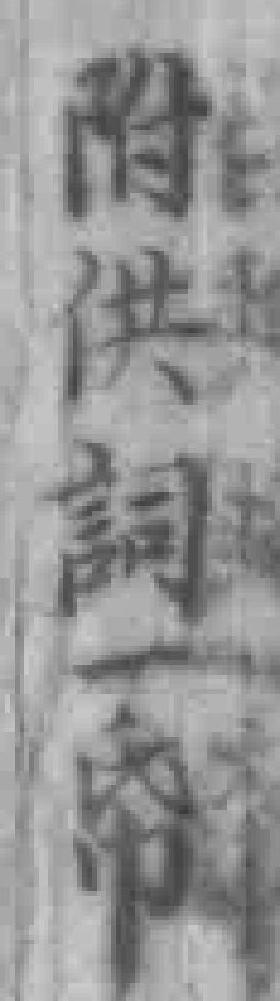
附供詞一帋